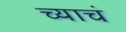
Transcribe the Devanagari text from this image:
च्याचं